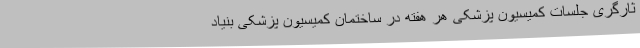
ثارگری جلسات کمیسیون پزشکی هر هفته در ساختمان کمیسیون پزشکی بنیاد